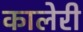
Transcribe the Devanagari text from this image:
कालेरी